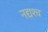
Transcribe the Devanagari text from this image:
नद्यश्‍च